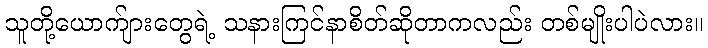
သူတို့ယောက်ျားတွေရဲ့ သနားကြင်နာစိတ်ဆိုတာကလည်း တစ်မျိုးပါပဲလား။